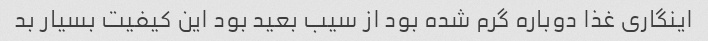
اینگاری غذا دوباره گرم شده بود از سیب بعید بود این کیفیت بسیار بد